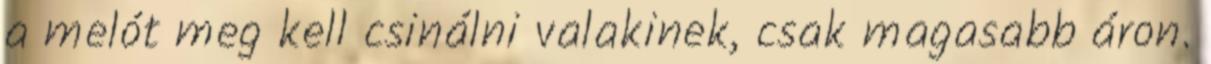
a melót meg kell csinálni valakinek, csak magasabb áron.